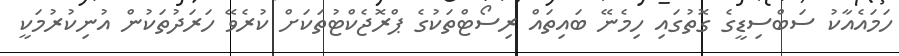
ހަމައެއާކު ސަބްސިޑީގެ ގޮތުގައި ހިމެނޭ ބައިތައް ރިސޯޓްތަކުގެ ޕްރޮޖެކްޓުތަކަށް ކުރެވޭ ހަރަދުތަކުން އުނިކުރުމަކީ